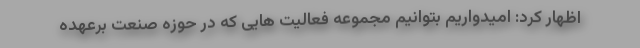
اظهار کرد: امیدواریم بتوانیم مجموعه فعالیت هایی که در حوزه صنعت برعهده